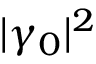
| \gamma _ { 0 } | ^ { 2 }